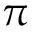
\pi